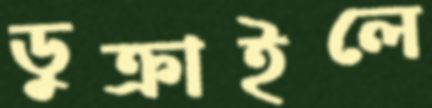
ডুক্‌রাইলে